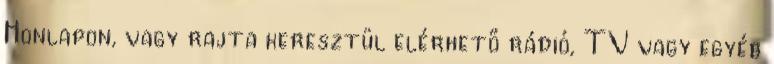
Honlapon, vagy rajta keresztül elérhető rádió, TV vagy egyéb